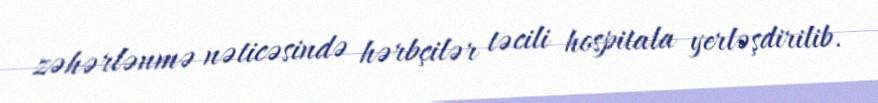
zəhərlənmə nəticəsində hərbçilər təcili hospitala yerləşdirilib.